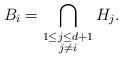
LaTeX: \begin{align*}B_i = \bigcap\limits_{\substack{1 \leq j \leq d + 1\\ j \neq i}} H_j.\end{align*}